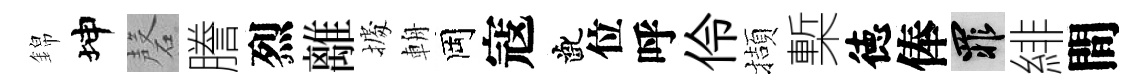
錦坤磬謄烈離𢴃輈岡寇齔位呼伶擷槧徳俸罪緋間